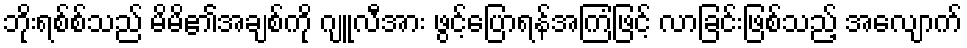
ဘိုးရစ်စ်သည် မိမိ၏အချစ်ကို ဂျူလီအား ဖွင့်ပြောရန်အကြံဖြင့် လာခြင်းဖြစ်သည့် အလျောက်